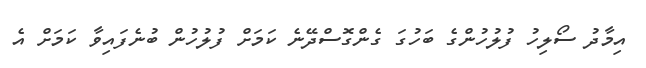
އިމާދު ސޯލިހު ފުލުހުންގެ ބަހުގަ ގެންގޮސްދޭނެ ކަމަށް ފުލުހުން ބުނެފައިވާ ކަމަށް އެ